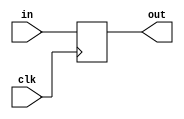
module d_ff(clk, in, out);

	input clk, in;
	output out;
	wire in;
	reg out;

	always @ (posedge clk)
		out <= in;

endmodule